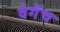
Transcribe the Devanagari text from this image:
वेगॅच